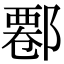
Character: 𨝍